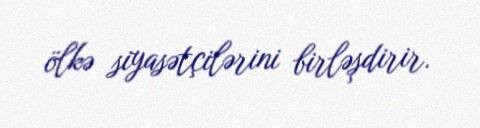
ölkə siyasətçilərini birləşdirir.